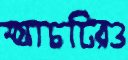
ম্যাচটিরও